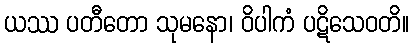
ယဿ ပတီတော သုမနော၊ ဝိပါကံ ပဋိသေဝတိ။